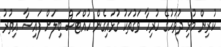
ކުރިން މުޅި ދުވަހުގެ ހުރިހާ ވަގުތަކު ގުޅައިގެން ހުއްޓަސް ބިލަށް ފައިސާ އިތުރު